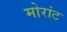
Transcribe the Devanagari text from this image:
मोरांट